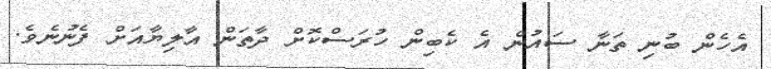
އެހެން ބުނި ތަނާ ސައުން އެ ކެބިން ހުރަސްކޮށް ދާތަން އާލިޔާއަށް ފެނުނެވެ.